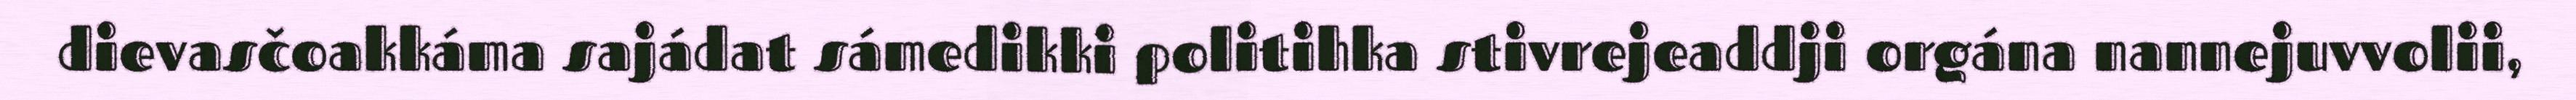
dievasčoakkáma sajádat sámedikki politihka stivrejeaddji orgána nannejuvvolii,